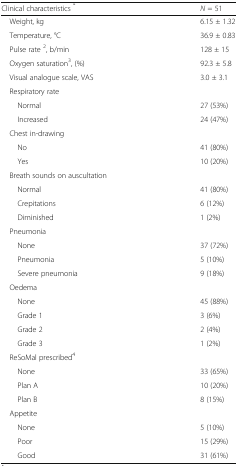
<table><thead><tr><td><b>Clinical characteristics <sup>*</sup></b></td><td><b><i>N</i> = 51</b></td></tr></thead><tbody><tr><td> Weight, kg</td><td>6.15 ± 1.32</td></tr><tr><td> Temperature, °C</td><td>36.9 ± 0.83</td></tr><tr><td> Pulse rate <sup>2</sup>, b/min</td><td>128 ± 15</td></tr><tr><td> Oxygen saturation<sup>3</sup>, (%)</td><td>92.3 ± 5.8</td></tr><tr><td> Visual analogue scale, VAS</td><td>3.0 ± 3.1</td></tr><tr><td colspan="2"> Respiratory rate</td></tr><tr><td>Normal</td><td>27 (53%)</td></tr><tr><td>Increased</td><td>24 (47%)</td></tr><tr><td colspan="2"> Chest in-drawing</td></tr><tr><td>No</td><td>41 (80%)</td></tr><tr><td>Yes</td><td>10 (20%)</td></tr><tr><td colspan="2"> Breath sounds on auscultation</td></tr><tr><td>Normal</td><td>41 (80%)</td></tr><tr><td>Crepitations</td><td>6 (12%)</td></tr><tr><td>Diminished</td><td>1 (2%)</td></tr><tr><td colspan="2"> Pneumonia</td></tr><tr><td>None</td><td>37 (72%)</td></tr><tr><td>Pneumonia</td><td>5 (10%)</td></tr><tr><td>Severe pneumonia</td><td>9 (18%)</td></tr><tr><td colspan="2"> Oedema</td></tr><tr><td>None</td><td>45 (88%)</td></tr><tr><td>Grade 1</td><td>3 (6%)</td></tr><tr><td>Grade 2</td><td>2 (4%)</td></tr><tr><td>Grade 3</td><td>1 (2%)</td></tr><tr><td colspan="2"> ReSoMal prescribed<sup>4</sup></td></tr><tr><td>None</td><td>33 (65%)</td></tr><tr><td>Plan A</td><td>10 (20%)</td></tr><tr><td>Plan B</td><td>8 (15%)</td></tr><tr><td colspan="2"> Appetite</td></tr><tr><td>None</td><td>5 (10%)</td></tr><tr><td>Poor</td><td>15 (29%)</td></tr><tr><td>Good</td><td>31 (61%)</td></tr></tbody></table>